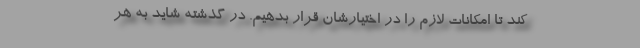
کند تا امکانات لازم را در اختیارشان قرار بدهیم. در گذشته شاید به هر